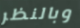
وبالنظر